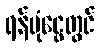
ရန်ပုံငွေတွင်